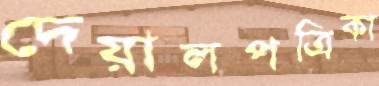
দেয়ালপত্রিকা